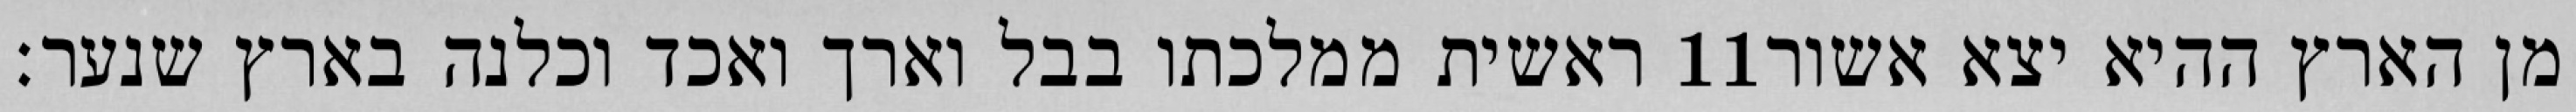
ראשית ממלכתו בבל וארך ואכד וכלנה בארץ שנער׃ ‎11‏ מן הארץ ההיא יצא אשור